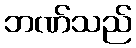
ဘဏ်သည်